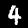
Digit: 4